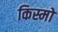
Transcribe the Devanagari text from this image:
किस्मो